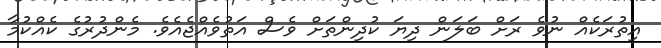
އިތުރަކެއް ނުވެ ރަށް ބަލަން ދިޔަ ކުދިންތަށް ވެސް އަތުވެއްޖެއެވެ. މެންދުރުގެ ކެއްކުމާ